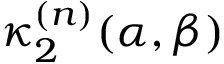
\kappa _ { 2 } ^ { ( n ) } ( \alpha , \beta )